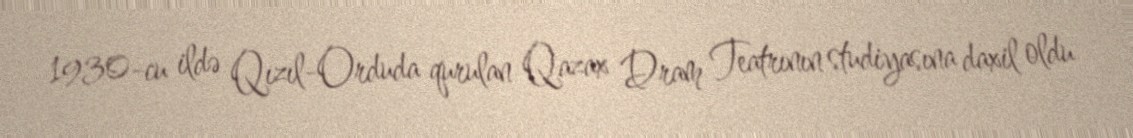
1930-cu ildə Qızıl-Orduda qurulan Qazax Dram Teatrının studiyasına daxil oldu